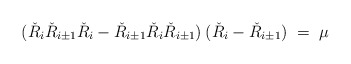
\begin{align*}(\check{R}_{i}\check{R}_{i\pm1}\check{R}_{i} - \check{R}_{i\pm1}\check{R}_{i}\check{R}_{i\pm1}) \:(\check{R}_{i}-\check{R}_{i\pm1}) \;=\; \mu\end{align*}